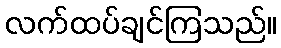
လက်ထပ်ချင်ကြသည်။